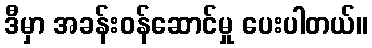
ဒီမှာ အခန်းဝန်ဆောင်မှု ပေးပါတယ်။